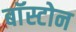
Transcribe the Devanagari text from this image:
बाॅस्टोन